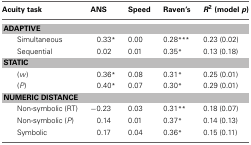
| Acuity task | ANS | Speed | Raven's | R2(model p) |
 | --- | --- | --- | --- | --- |
 | <COLSPAN=5> ADAPTIVE |
 | Simultaneous | 0.33* | 0.00 | 0.28*** | 0.23 (0.02) |
 | Sequential | 0.02 | 0.01 | 0.35* | 0.13 (0.18) |
 | <COLSPAN=5> STATIC |
 | (w) | 0.36* | 0.08 | 0.31* | 0.25 (0.01) |
 | (P) | 0.40* | 0.07 | 0.30* | 0.29 (0.01) |
 | <COLSPAN=5> NUMERIC DISTANCE |
 | Non-symbolic (RT) | −0.23 | 0.03 | 0.31** | 0.18 (0.07) |
 | Non-symbolic (P) | 0.14 | 0.01 | 0.37* | 0.14 (0.13) |
 | Symbolic | 0.17 | 0.04 | 0.36* | 0.15 (0.11) |